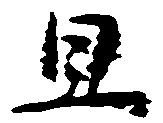
且